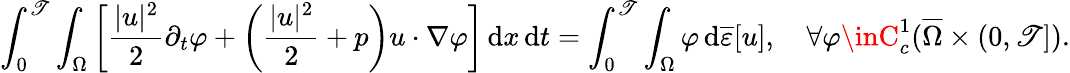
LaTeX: \int_{0}^{\mathscr{T}}\int_{\Omega}\left[\frac{{|u|^{2}}}{{2}}\partial_{t}\varphi+\left(\frac{{|u|^{2}}}{{2}}+p\right)u\cdot\nabla\varphi\right]\, \mathrm{{d}}x\, \mathrm{{d}}t=\int_{0}^{\mathscr{T}}\int_{\Omega}\varphi\, \mathrm{{d}}\overline{{\varepsilon}}[u],\quad\forall\varphi\inC_{c}^{1}(\overline{{\Omega}}\times(0,\mathscr{T}]).